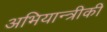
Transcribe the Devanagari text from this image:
अभियान्त्रीकी